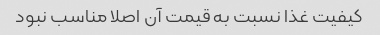
کیفیت غذا نسبت به قیمت آن اصلا مناسب نبود